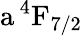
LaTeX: \mathrm{a\, ^{4}F_{7/2}}